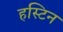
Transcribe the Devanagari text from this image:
हस्टिन